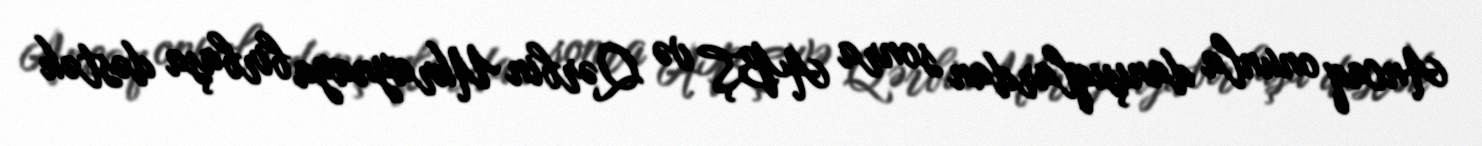
Ancaq onunla danışıqlardan sonra ABŞ və Qərbin Ukraynaya birbaşa dəstək